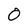
Character: O